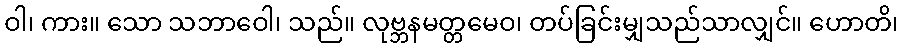
ဝါ၊ ကား။ သော သဘာဝေါ၊ သည်။ လုဗ္ဘနမတ္တမေဝ၊ တပ်ခြင်းမျှသည်သာလျှင်။ ဟောတိ၊